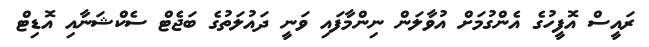
ރައީސް އޮފީހުގެ އެންގުމަށް އުވާލަން ނިންމާފައި ވަނީ ދައުލަތުގެ ބަޖެޓް ސެކްޝަނާއި އޮޑިޓް